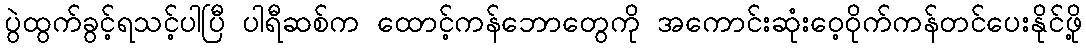
ပွဲထွက်ခွင့်ရသင့်ပါပြီ ပါရီဆစ်က ထောင့်ကန်ဘောတွေကို အကောင်းဆုံးဝေ့ဝိုက်ကန်တင်ပေးနိုင်ဖို့